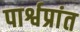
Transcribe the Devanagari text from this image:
पार्श्वप्रांत